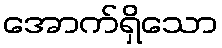
အောက်ရှိသော